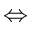
\Leftrightarrow